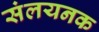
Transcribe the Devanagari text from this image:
संलयनक